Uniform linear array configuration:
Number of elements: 24
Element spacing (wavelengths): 0.25
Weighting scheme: blackman
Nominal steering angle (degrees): -45
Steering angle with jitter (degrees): -46.191
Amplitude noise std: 0.05
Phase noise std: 0.05

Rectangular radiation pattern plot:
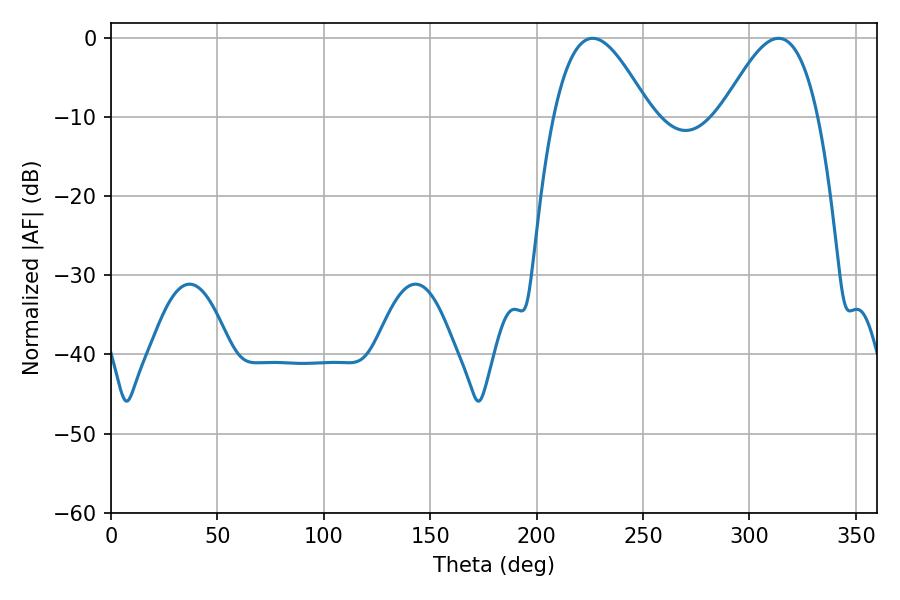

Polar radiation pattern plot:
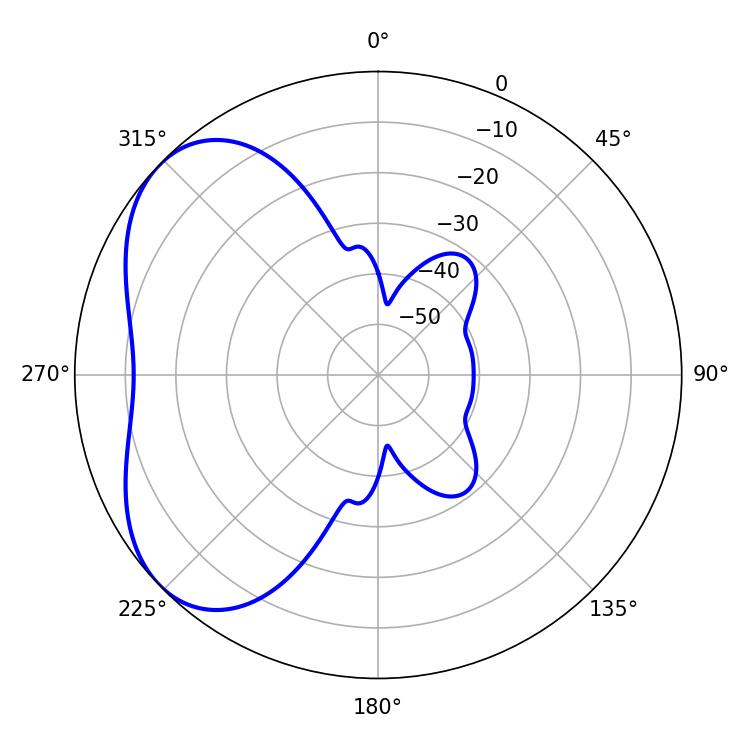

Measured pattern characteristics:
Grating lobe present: FALSE
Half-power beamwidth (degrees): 24.66
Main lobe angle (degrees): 226.26